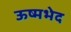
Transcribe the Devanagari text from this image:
ऊष्मभेद